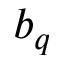
b _ { q }